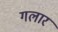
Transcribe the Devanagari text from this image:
गलार